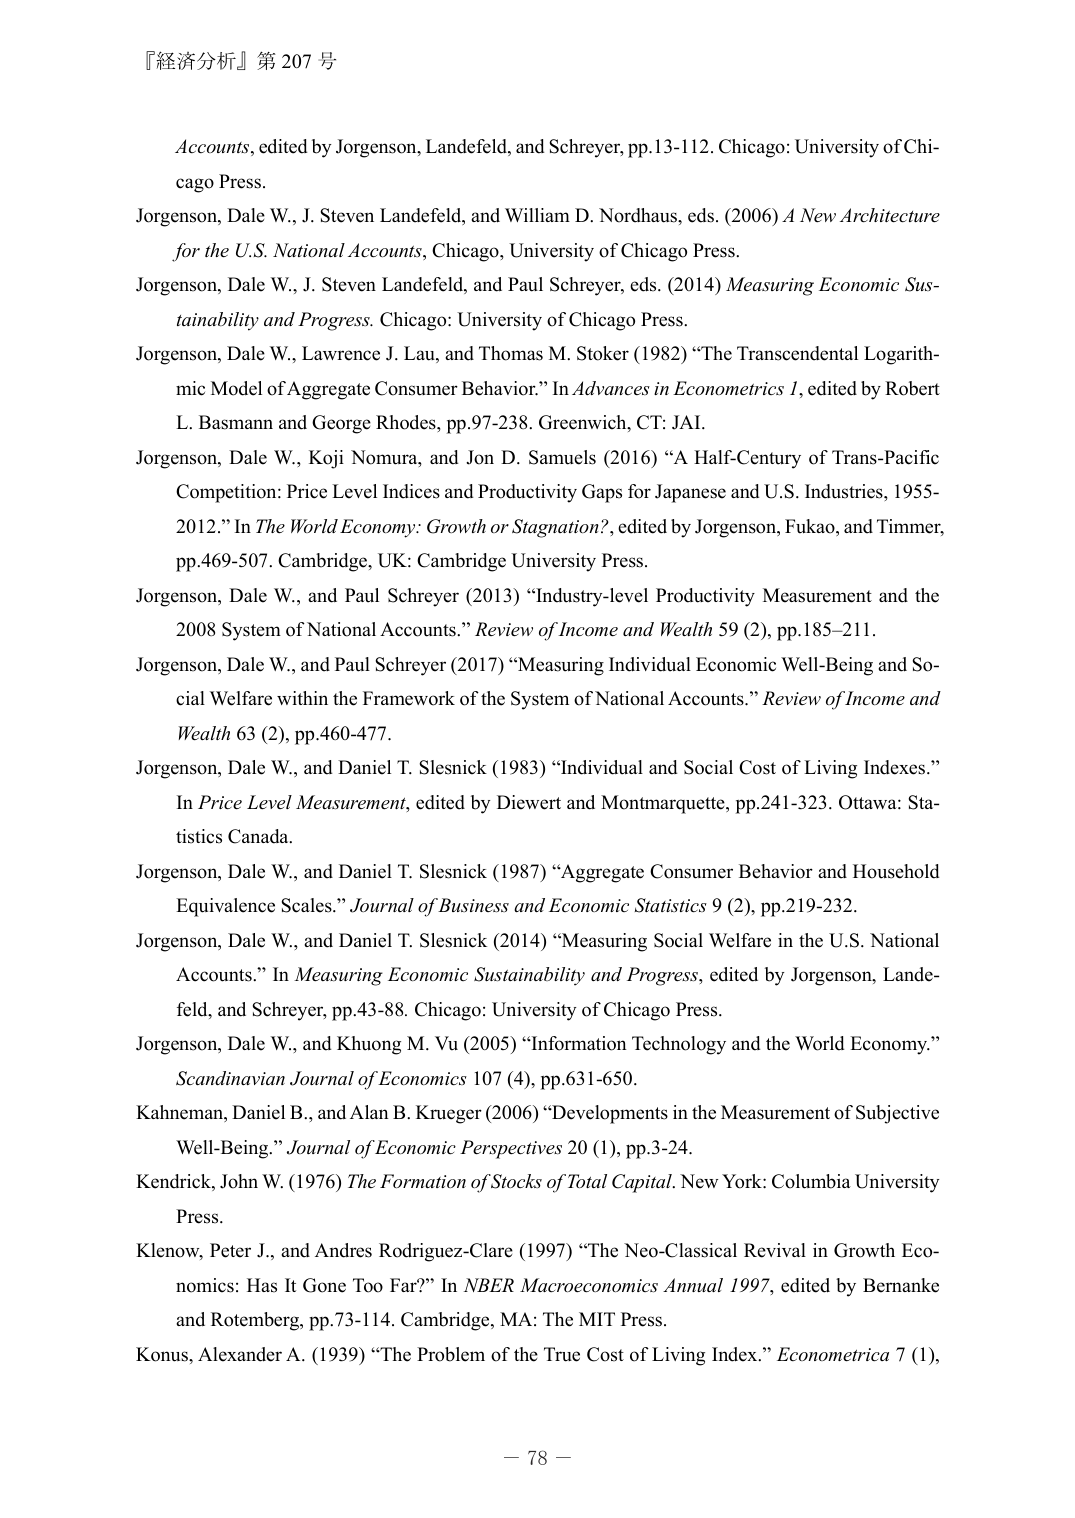
『経済分析』第 207 号

Accounts, edited by Jorgenson, Landefeld, and Schreyer, pp.13-112. Chicago: University of Chicago Press.

Jorgenson, Dale W., J. Steven Landefeld, and William D. Nordhaus, eds. (2006) A New Architecture for the U.S. National Accounts, Chicago, University of Chicago Press.

Jorgenson, Dale W., J. Steven Landefeld, and Paul Schreyer, eds. (2014) Measuring Economic Sustainability and Progress. Chicago: University of Chicago Press.

Jorgenson, Dale W., Lawrence J. Lau, and Thomas M. Stoker (1982) “The Transcendental Logarithmic Model of Aggregate Consumer Behavior.” In Advances in Econometrics 1, edited by Robert L. Basmann and George Rhodes, pp.97-238. Greenwich, CT: JAI.

Jorgenson, Dale W., Koji Nomura, and Jon D. Samuels (2016) “A Half-Century of Trans-Pacific Competition: Price Level Indices and Productivity Gaps for Japanese and U.S. Industries, 1955-2012.” In The World Economy: Growth or Stagnation?, edited by Jorgenson, Fukao, and Timmer, pp.469-507. Cambridge, UK: Cambridge University Press.

Jorgenson, Dale W., and Paul Schreyer (2013) “Industry-level Productivity Measurement and the 2008 System of National Accounts.” Review of Income and Wealth 59 (2), pp.185–211.

Jorgenson, Dale W., and Paul Schreyer (2017) “Measuring Individual Economic Well-Being and Social Welfare within the Framework of the System of National Accounts.” Review of Income and Wealth 63 (2), pp.460-477.

Jorgenson, Dale W., and Daniel T. Slesnick (1983) “Individual and Social Cost of Living Indexes.” In Price Level Measurement, edited by Diewert and Montmarquette, pp.241-323. Ottawa: Statistics Canada.

Jorgenson, Dale W., and Daniel T. Slesnick (1987) “Aggregate Consumer Behavior and Household Equivalence Scales.” Journal of Business and Economic Statistics 9 (2), pp.219-232.

Jorgenson, Dale W., and Daniel T. Slesnick (2014) “Measuring Social Welfare in the U.S. National Accounts.” In Measuring Economic Sustainability and Progress, edited by Jorgenson, Landefeld, and Schreyer, pp.43-88. Chicago: University of Chicago Press.

Jorgenson, Dale W., and Khuong M. Vu (2005) “Information Technology and the World Economy.” Scandinavian Journal of Economics 107 (4), pp.631-650.

Kahneman, Daniel B., and Alan B. Krueger (2006) “Developments in the Measurement of Subjective Well-Being.” Journal of Economic Perspectives 20 (1), pp.3-24.

Kendrick, John W. (1976) The Formation of Stocks of Total Capital. New York: Columbia University Press.

Klenow, Peter J., and Andres Rodriguez-Clare (1997) “The Neo-Classical Revival in Growth Economics: Has It Gone Too Far?” In NBER Macroeconomics Annual 1997, edited by Bernanke and Rotemberg, pp.73-114. Cambridge, MA: The MIT Press.

Konus, Alexander A. (1939) “The Problem of the True Cost of Living Index.” Econometrica 7 (1),

－ 78 －